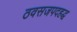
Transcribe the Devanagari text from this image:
ठवसजपदहद्ध